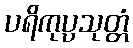
ပရိကုပ္ပသုတ္တံ